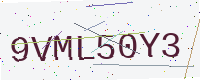
Text: 9VML50Y3